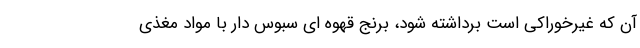
آن که غیرخوراکی است برداشته شود، برنج قهوه ای سبوس دار با مواد مغذی